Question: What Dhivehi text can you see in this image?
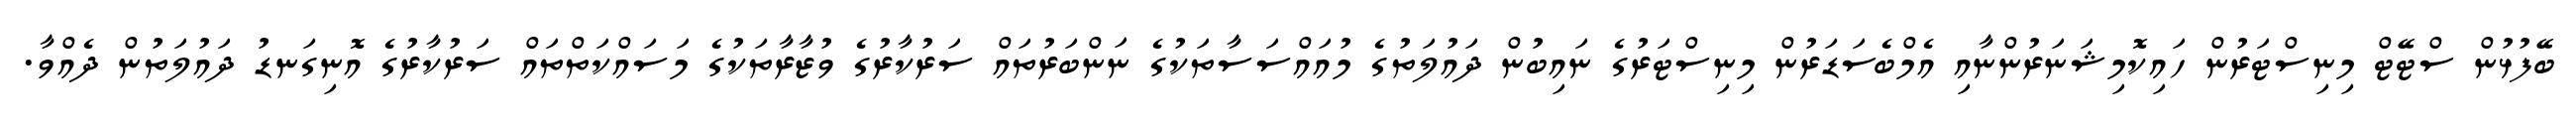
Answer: ބޭފުޅުން ސްޓޭޓް މިނިސްޓަރުން ހައިކޮމިޝަނަރުންނާއި އެމްބެސަޑަރުން މިނިސްޓަރުގެ ނައިބުން ދައުލަތުގެ މުއައްސަސާތަކުގެ ނަންބަރުތައް ސަރުކާރުގެ ވުޒާރާތަކުގެ މަސައްކަތްތައް ސަރުކާރުގެ އޮނިގަނޑު ދައުލަތުން ދެއްވާ.